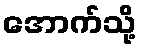
အောက်သို့